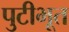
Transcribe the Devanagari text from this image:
पुटीभूत